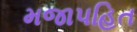
મજાપહિત